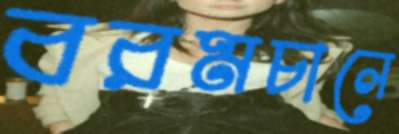
বরমচালে